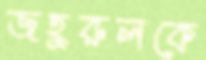
জহুরুলকে